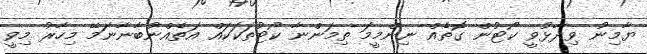
ޔާމިނު ވިދާޅުވީ ކޯޓުން ގޮތެއް ނިންމީމަ ތިމަންނާ ކޯޓުތަކަކައް އަތެއްނުބާނާނަމޭ މިހާރު މިވީ